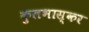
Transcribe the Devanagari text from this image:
कुलभास्कर